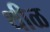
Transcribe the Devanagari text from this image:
थीळ